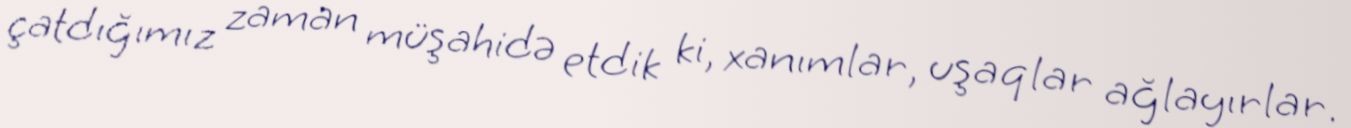
çatdığımız zaman müşahidə etdik ki, xanımlar, uşaqlar ağlayırlar.